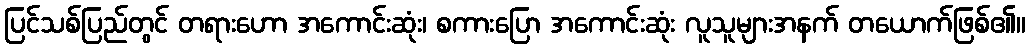
ပြင်သစ်ပြည်တွင် တရားဟော အကောင်းဆုံး၊ စကားပြော အကောင်းဆုံး လူသူများအနက် တယောက်ဖြစ်၏။